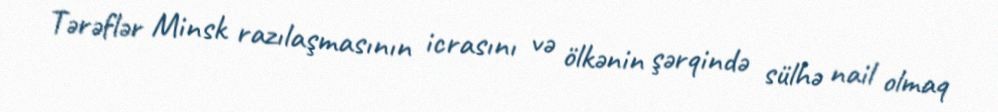
Tərəflər Minsk razılaşmasının icrasını və ölkənin şərqində sülhə nail olmaq